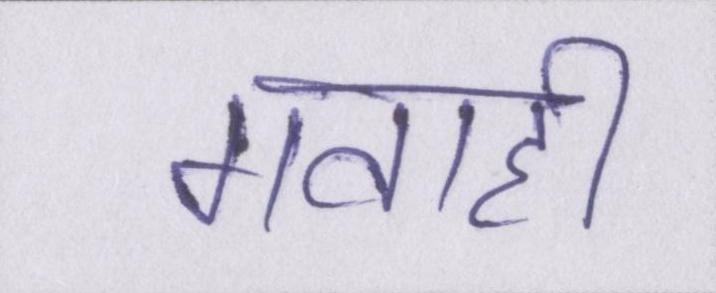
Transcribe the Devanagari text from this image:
गवाही